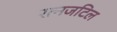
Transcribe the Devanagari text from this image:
रत्नजटिल